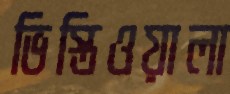
ভিস্তিওয়ালা